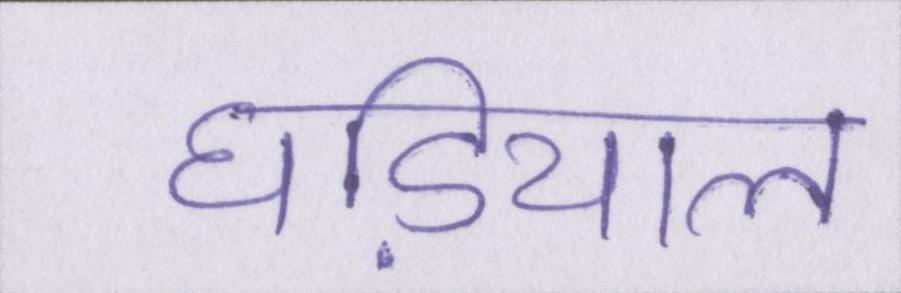
घडि़याल